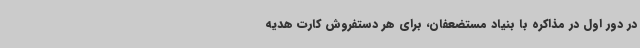
در دور اول در مذاکره با بنیاد مستضعفان، برای هر دستفروش کارت هدیه